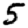
Digit: 5